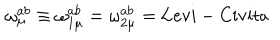
LaTeX: \qquad \qquad \omega _ { \mu } ^ { a b } \equiv \omega _ { 1 \mu } ^ { a b } = \omega _ { 2 \mu } ^ { a b } = \mathrm { L e v i - C i v i t a }